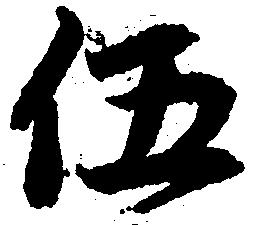
伍